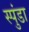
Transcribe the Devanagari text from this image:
स्पुंडा